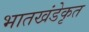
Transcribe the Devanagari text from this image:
भातखंडेकृत